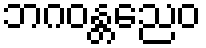
ဘဂဝန္တညေဝ